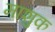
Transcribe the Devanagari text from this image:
माशुक